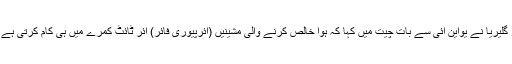
پروفیسر گلیریا نے یواین آئی سے بات چیت میں کہا کہ ہوا خالص کرنے والی مشینیں (ائرپیوری فائر) ائر ٹائٹ کمرے میں ہی کام کرتی ہے اور این۔